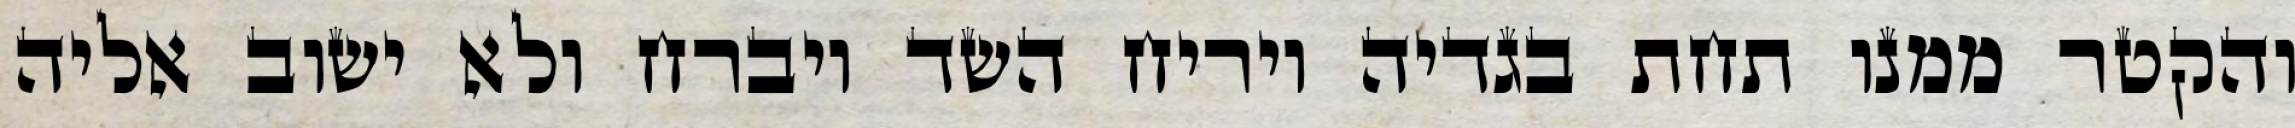
והקטר ממנו תחת בגדיה ויריח השד ויברח ולא ישוב אליה